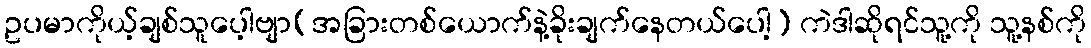
ဥပမာကိုယ့်ချစ်သူပေ့ါဗျာ(အခြားတစ်ယောက်နဲ့ခိုးချက်နေတယ်ပေါ့) ကဲဒါဆိုရင်သူ့ကို သူ့နစ်ကို